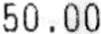
50.00